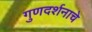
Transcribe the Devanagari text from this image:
गुणदर्शनाचे